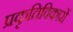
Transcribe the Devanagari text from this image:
प्रकृतिविकारों